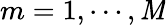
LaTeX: m=1,\cdots,\mathit{M}